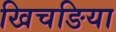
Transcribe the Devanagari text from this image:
खिचङिया